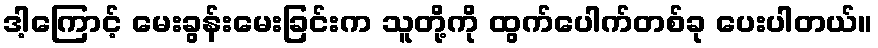
ဒါ့ကြောင့် မေးခွန်းမေးခြင်းက သူတို့ကို ထွက်ပေါက်တစ်ခု ပေးပါတယ်။